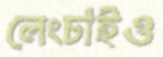
লেংচাইও